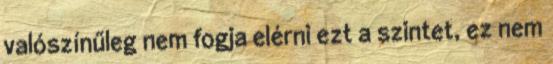
valószínűleg nem fogja elérni ezt a szintet, ez nem